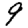
Digit: 9